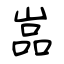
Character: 嵓